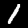
Label: 1